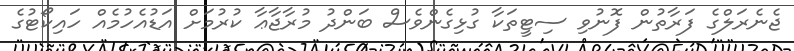
ޖެނެރަލްގެ ފަރާތުން ފޮނުވި ސިޓީތަކާ ގުޅިގެންވެސް ބަންދު މުރާޖާޢާ ކުރުމަށް އަޑުއެހުމެއް ހައިކޯޓުގެ